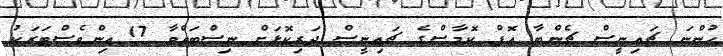
ހުންނަ ޗައިނީސް ޗެންބާ އޮފް ކޮމާސްގެ ޗައިނީސް ދަރިކޮޅަށް ނިސްބަތްވާ 17 އިންވެސްޓަރަކު